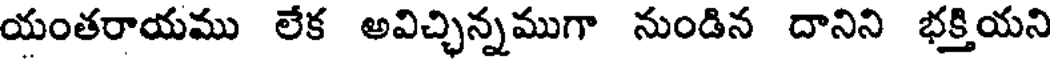
యంతరాయము లేక అవిచ్చిన్నముగా నుండిన దానిని భక్తియని